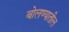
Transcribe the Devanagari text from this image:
बोलण्यातील